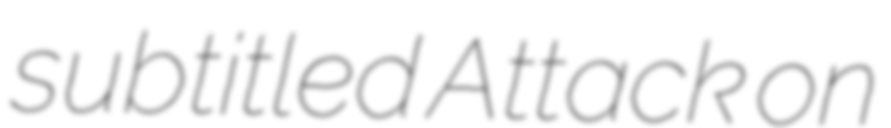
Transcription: subtitled Attack on